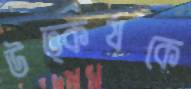
উত্কর্ষকে